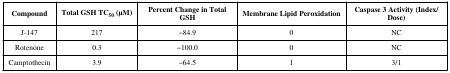
<table><thead><tr><td><b>Compound</b></td><td><b>Total GSH TC<sub>50</sub> (μM)</b></td><td><b>Percent Change in Total GSH</b></td><td><b>Membrane Lipid Peroxidation</b></td><td><b>Caspase 3 Activity (Index/Dose)</b></td></tr></thead><tbody><tr><td>J-147</td><td>217</td><td>−84.9</td><td>0</td><td>NC</td></tr><tr><td>Rotenone</td><td>0.3</td><td>−100.0</td><td>0</td><td>NC</td></tr><tr><td>Camptothecin</td><td>3.9</td><td>−64.5</td><td>1</td><td>3/1</td></tr></tbody></table>